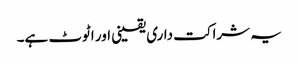
یہ شراکت داری یقینی اور اٹوٹ ہے۔